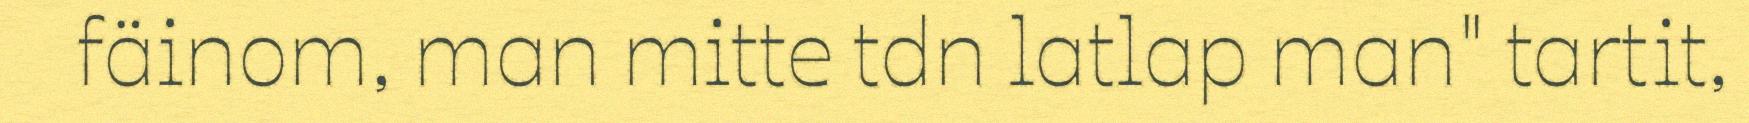
fäinom, man mitte tdn latlap man" tartit,